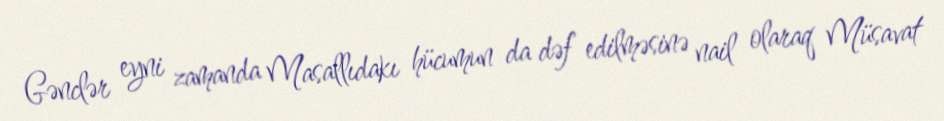
Gənclər eyni zamanda Masallıdakı hücumun da dəf edilməsinə nail olaraq Müsavat